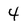
Character: 4